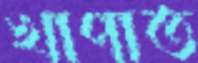
খাপাত